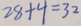
2 8 + 4 = 3 2